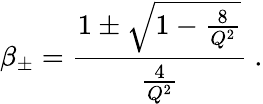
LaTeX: \beta_{\pm}={\frac{1\pm\sqrt{1-{\frac{8}{Q^{2}}}}}{\frac{4}{Q^{2}}}}\ .